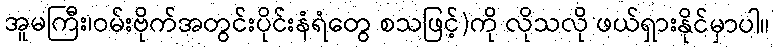
အူမကြီး၊ဝမ်းဗိုက်အတွင်းပိုင်းနံရံတွေ စသဖြင့်)ကို လိုသလို ဖယ်ရှားနိုင်မှာပါ။